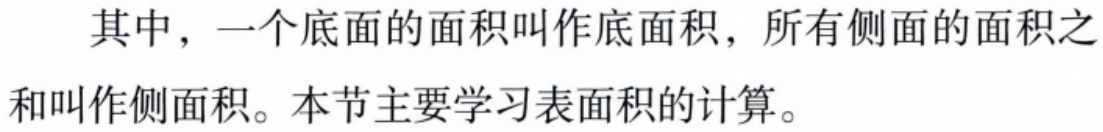
其中，一个底面的面积叫作底面积，所有侧面的面积之和叫作侧面积。本节主要学习表面积的计算。